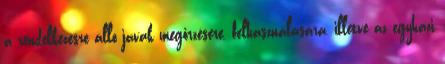
a rendelkezésre álló javak megőrzésére, felhasználására, illetve az egyházi